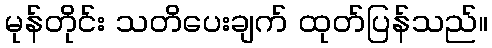
မုန်တိုင်း သတိပေးချက် ထုတ်ပြန်သည်။